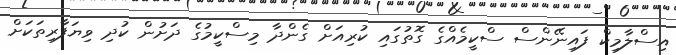
އިސްލާމިކް ފައިނޭންސް ސްކީމެއްގެ ގޮތުގައި ކުރިއަށް ގެންދާ މިސްކީމުގެ ދަށުން ކުދި ވިޔަފާރިތަކަށް